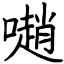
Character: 𡁻